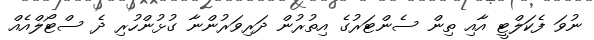
ނުވަ ފެކަލްޓީ އާއި ތިން ސެންޓަރުގެ އިތުރުން ދަރިވަރުންނާ ގުޅުންހުރި ދެ ސްޓޯލްއެއް